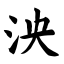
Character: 泱